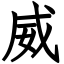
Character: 威